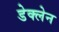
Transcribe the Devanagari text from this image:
डेक्लेन